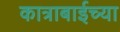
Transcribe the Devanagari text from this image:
कात्राबाईच्या